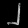
Digit: ၂